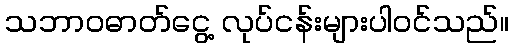
သဘာဝဓာတ်ငွေ့ လုပ်ငန်းများပါဝင်သည်။